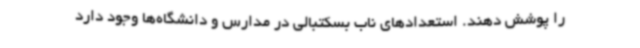
را پوشش دهند. استعدادهای ناب بسکتبالی در مدارس و دانشگاه‌ها وجود دارد